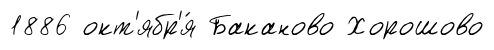
1886 окт'ябр'я́ Баканово Хорошово